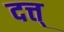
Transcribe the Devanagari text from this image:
दत्त्